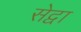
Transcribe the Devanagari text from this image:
सेद्वा